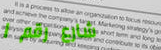
شارع رقم ١